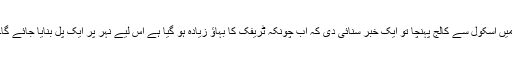
میں اسکول سے کالج پہنچا تو ایک خبر سنائی دی کہ اب چونکہ ٹریفک کا بہاؤ زیادہ ہو گیا ہے اس لیے نہر پر ایک پل بنایا جائے گا۔